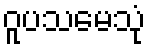
ဝူပသမေသုံ